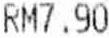
RM7.90